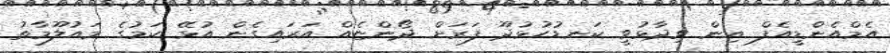
އެމްއެންޑީއެފް އިން ވިދާޅުވީ ކަނޑުހުޅުދޫ ފަރަށް ދޯންޏެއް އަރައިގެން އުޅޭ ކަމުގެ މައުލޫމާތު